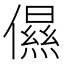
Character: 儑